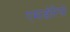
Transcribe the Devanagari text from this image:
एमाडोरियो